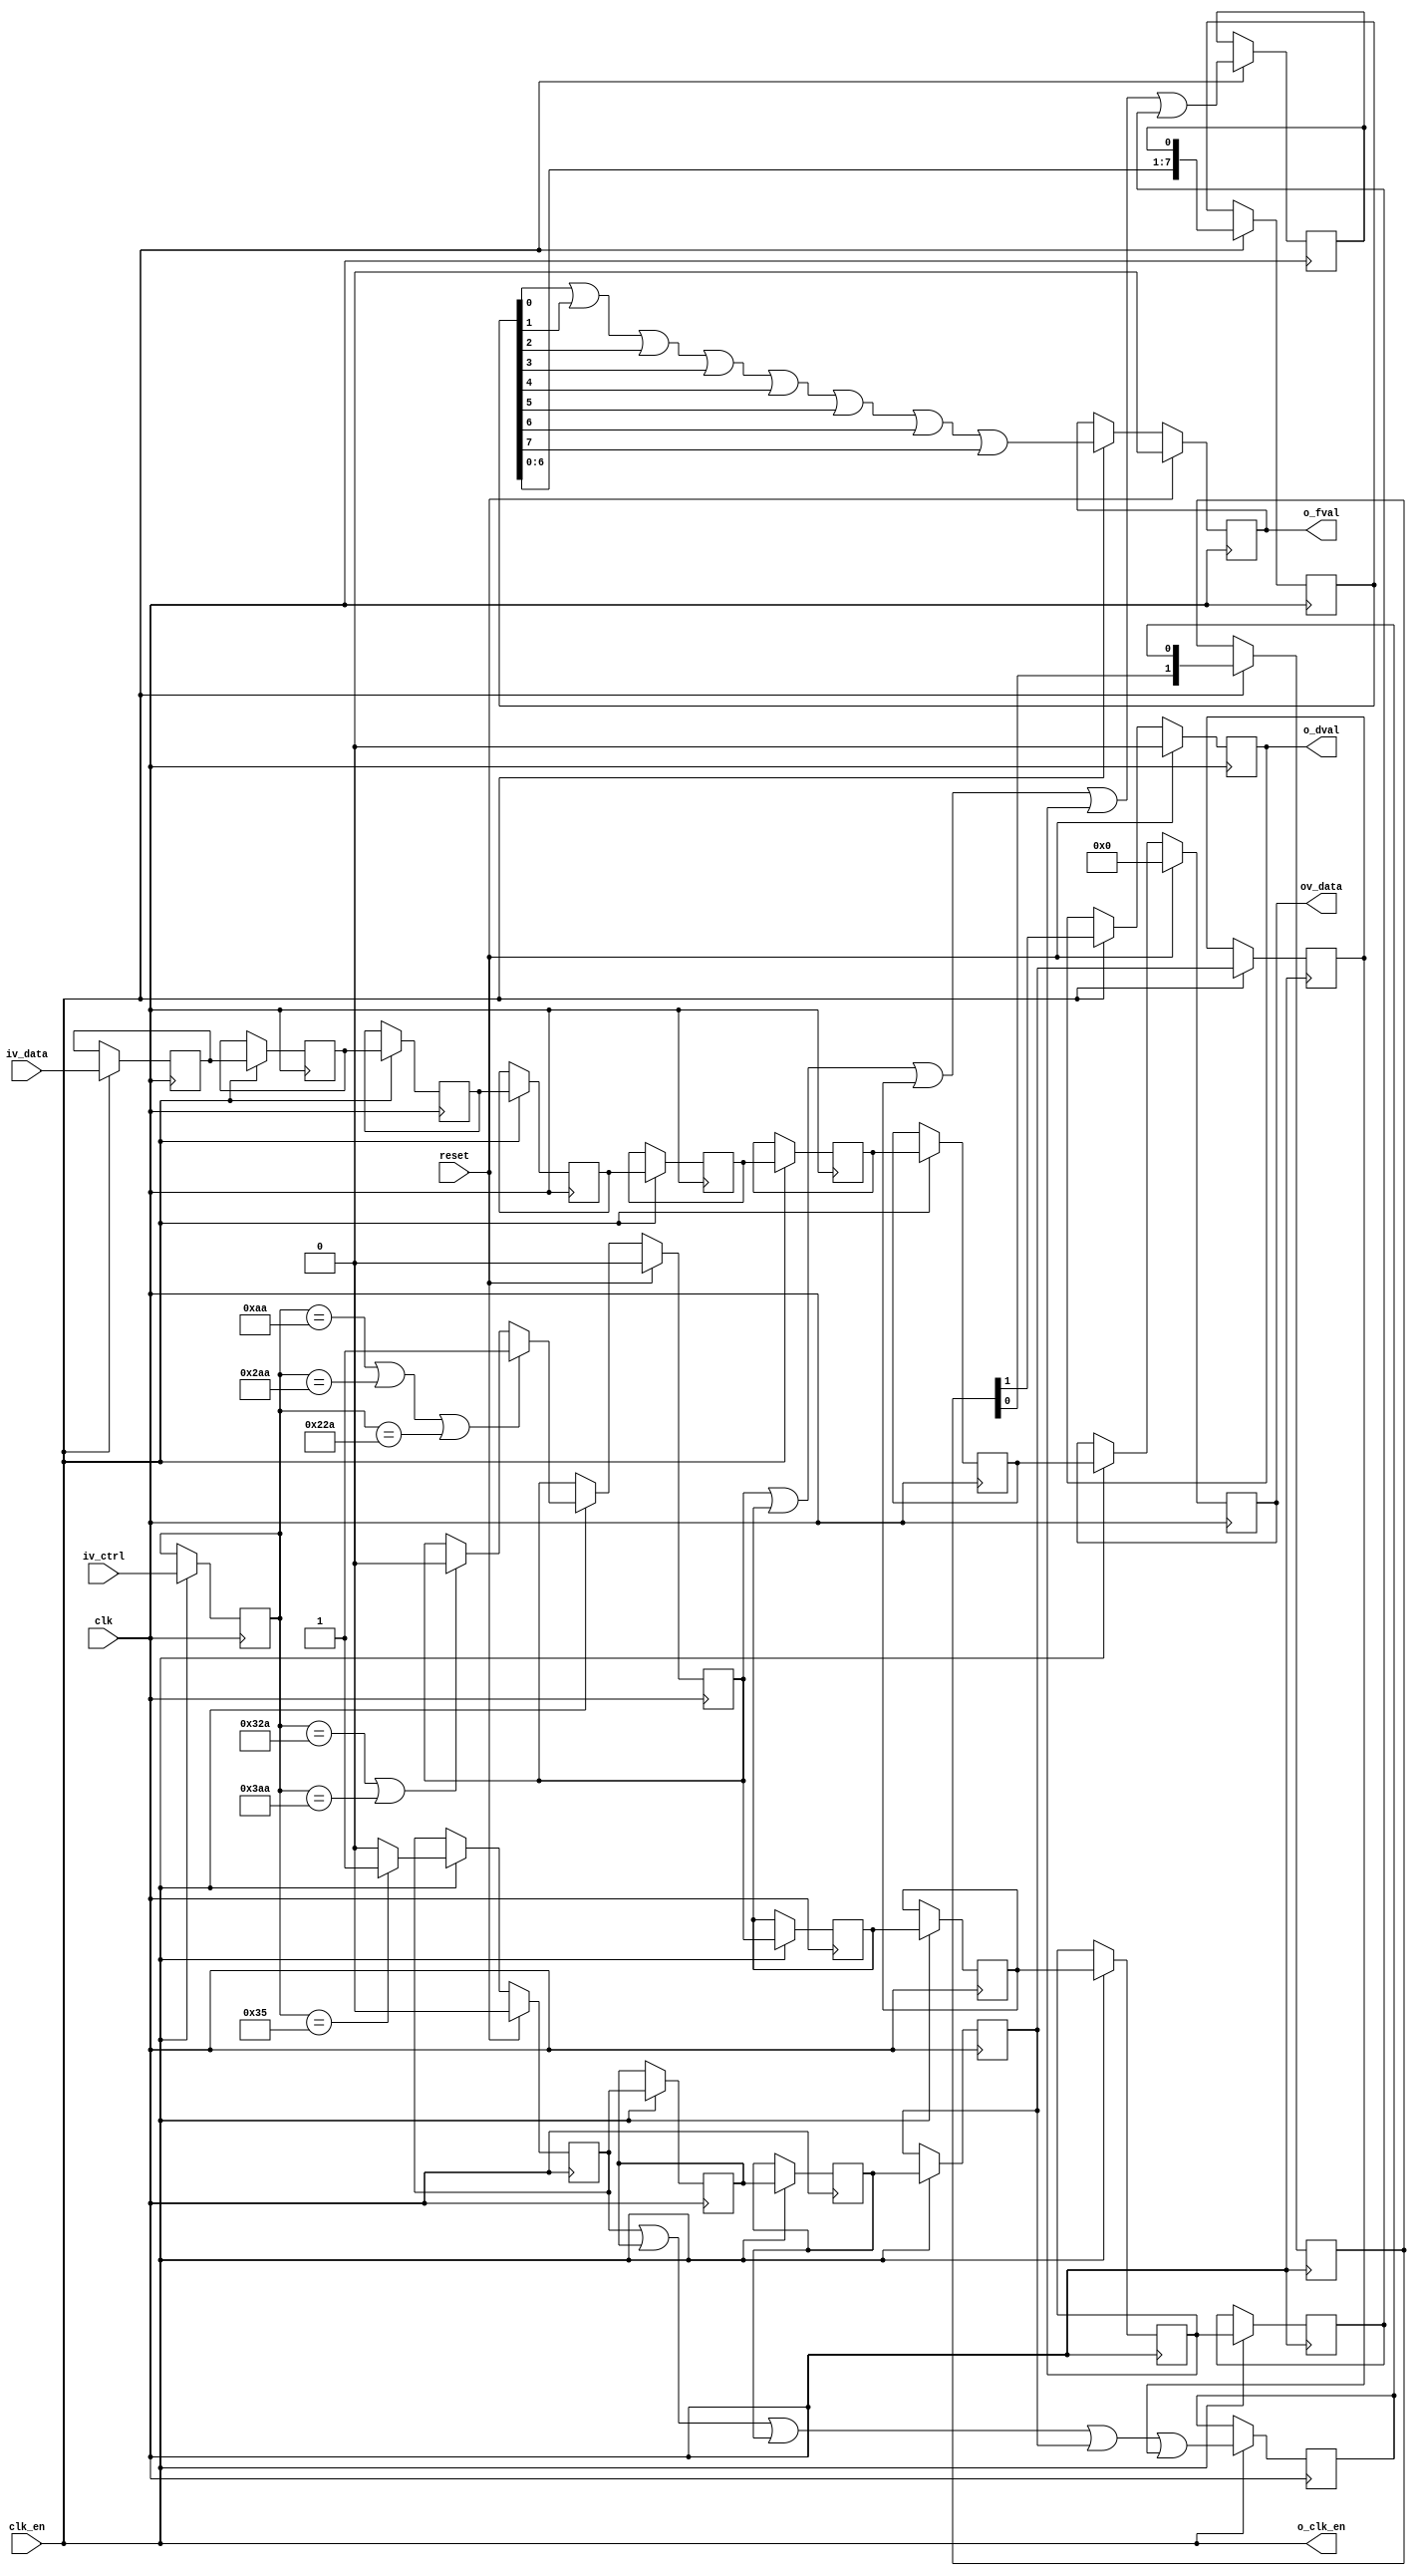

//-------------------------------------------------------------------------------------------------
//  --    : , 2010 -2015.
//  --      .
//  --          : FPGA
//  --        : timing_decoder_python.v
//  --        : 
//-------------------------------------------------------------------------------------------------
//
//  --  :
//
//  --          :|      :|  
//---------------------------------------------------------------------------------------
//  --        	:| 04/17/2013   :|  
//	-- 		:| 2015/9/1 14:08:10	:|	
//---------------------------------------------------------------------------------------
//-------------------------------------------------------------------------------------------------
//
//  --      :
//              1)  : 0
//
//              2)  : ... ...
//
//              3)  : ... ...
//
//-------------------------------------------------------------------------------------------------
///
`timescale      1ns/100ps
//-------------------------------------------------------------------------------------------------

module timing_decoder_python #(
	parameter	SENSOR_DAT_WIDTH	= 10		,	//sensor 
	parameter	CHANNEL_NUM			= 4				//sensor 
	)
	(
	input                                   			clk      			,   //
	input												reset				,	//
	input												clk_en				,
	input       [SENSOR_DAT_WIDTH-1:0]			 		iv_ctrl             ,   //
	input      	[SENSOR_DAT_WIDTH*CHANNEL_NUM-1:0]		iv_data             ,   //
	output  reg 										o_dval				,   //
	output  reg 										o_fval				,   //
	output												o_clk_en			,
	output  reg [SENSOR_DAT_WIDTH*CHANNEL_NUM-1:0]		ov_data                 //
	);

	//  ===============================================================================================
	//  
	//  ===============================================================================================
	//  -------------------------------------------------------------------------------------
	//  
	//  -------------------------------------------------------------------------------------

	localparam	FS		= 10'h2aa	;
	localparam	FSS		= 10'h22a	;
	localparam	FE		= 10'h32a	;	//BIT_MODE'h32a
	localparam	FSE		= 10'h3aa	;	//BIT_MODE'h3aa
	localparam	TR		= 10'h3a6	;	//
	localparam	LS		= 10'h0aa	;	//BIT_MODE'h0aa
	localparam	LE		= 10'h12a	;	//BIT_MODE'h12a
	localparam	IMG		= 10'h035	;	//BIT_MODE'h035
	localparam	BL		= 10'h015	;	//BIT_MODE'h015
	localparam	CRC		= 10'h059	;	//BIT_MODE'h059
	localparam	ID		= 10'h010	;	//010'h010

	reg			[SENSOR_DAT_WIDTH-1:0]					ctrl_dly_0		=  'b0;
	reg			[SENSOR_DAT_WIDTH*CHANNEL_NUM-1:0]		data_dly_0		=  'b0;

	reg			[SENSOR_DAT_WIDTH*CHANNEL_NUM-1:0]	data_dly_1		=  'b0;
	reg			[SENSOR_DAT_WIDTH*CHANNEL_NUM-1:0]	data_dly_2		=  'b0;
	reg			[SENSOR_DAT_WIDTH*CHANNEL_NUM-1:0]	data_dly_3		=  'b0;
	reg			[SENSOR_DAT_WIDTH*CHANNEL_NUM-1:0]	data_dly_4		=  'b0;
	reg			[SENSOR_DAT_WIDTH*CHANNEL_NUM-1:0]	data_dly_5		=  'b0;
	reg			[SENSOR_DAT_WIDTH*CHANNEL_NUM-1:0]	data_dly_6		=  'b0;

	reg												fval_reg_0		='b0	;
	reg												fval_reg_1		='b0	;
	reg												fval_reg_2		='b0	;
	reg												fval_reg_3		='b0	;
	reg												fval_reg_4		='b0	;

	reg												dval_reg_0		='b0	;
	reg												dval_reg_1		='b0	;
	reg												dval_reg_2		='b0	;
	reg												dval_reg_3		='b0	;
	reg												dval_reg_4		='b0	;

	reg												dval			='b0	;
	reg												fval			='b0	;

	reg			[      						1 : 0]	dval_shift	='b0		;
	reg			[      						7 : 0]	fval_shift	='b0		;

	//  ===============================================================================================
	//  
	//  ===============================================================================================
	//  -------------------------------------------------------------------------------------
	//  
	//  -------------------------------------------------------------------------------------

	always @ ( posedge clk )
	begin
		if (clk_en) begin
			ctrl_dly_0	<=	iv_ctrl;
			data_dly_0	<=	iv_data;
		end
	end

	assign	o_clk_en	= clk_en;

	//  -------------------------------------------------------------------------------------
	//  FSFE
	//  -------------------------------------------------------------------------------------

	always @ ( posedge clk )
	begin
		if(reset)
		begin
			fval_reg_0	<=	1'b0;
		end
		else
		if (clk_en) begin
			if((ctrl_dly_0 == LS) || (ctrl_dly_0 == FS) || (ctrl_dly_0 == FSS))
			begin
				fval_reg_0	<=	1'b1;
			end
			else if((ctrl_dly_0 == FE) || (ctrl_dly_0 == FSE))
			begin
				fval_reg_0	<=	1'b0;
			end
		end
	end

	//  -------------------------------------------------------------------------------------
	//  LSLE
	//  -------------------------------------------------------------------------------------
	/*
	always @ ( posedge clk )
	begin
	if(reset)
	begin
	dval_reg_0	<=	1'b0;
	end
	else if((ctrl_dly_0 == LS) || (ctrl_dly_0 == FS) || (ctrl_dly_0 == FSS))
	begin
	dval_reg_0	<=	1'b1;
	end
	else if((ctrl_dly_0 == LE) || (ctrl_dly_0 == FE) || (ctrl_dly_0 == FSE))
	begin
	dval_reg_0	<=	1'b0;
	end
	end
	*/

	always @ ( posedge clk )
	begin
		if(reset)
		begin
			dval_reg_0	<=	1'b0;
		end
		else if (clk_en) begin
			if(ctrl_dly_0 == IMG)
			begin
				dval_reg_0	<=	1'b1;
			end
			else begin
				dval_reg_0	<=	1'b0;
			end
		end
	end

	//  -------------------------------------------------------------------------------------
	//  
	//  -------------------------------------------------------------------------------------

	always @ ( posedge clk )
	begin
		if (clk_en) begin
			fval_reg_1	<=	fval_reg_0;
			fval_reg_2	<=	fval_reg_1;
			fval_reg_3	<=	fval_reg_2;
			fval_reg_4	<=	fval_reg_3;
		end
	end

	always @ ( posedge clk )
	begin
		if (clk_en) begin
			fval	<= 	fval_reg_0 | fval_reg_1 | fval_reg_2 | fval_reg_3 | fval_reg_4;
		end
	end

	//  -------------------------------------------------------------------------------------
	//  
	//  -------------------------------------------------------------------------------------

	always @ ( posedge clk )
	begin
		if (clk_en) begin
			dval_reg_1	<=	dval_reg_0;
			dval_reg_2	<=	dval_reg_1;
			dval_reg_3	<=	dval_reg_2;
			dval_reg_4	<=	dval_reg_3;
		end
	end

	always @ ( posedge clk )
	begin
		if (clk_en) begin
			dval	<= 	dval_reg_0 | dval_reg_1 | dval_reg_2 | dval_reg_3 | dval_reg_4;
		end
	end

	//  -------------------------------------------------------------------------------------
	//   
	//  -------------------------------------------------------------------------------------

	always @ ( posedge clk )
	begin
		if (clk_en) begin
			data_dly_1	<=	data_dly_0;
			data_dly_2	<= 	data_dly_1;
			data_dly_3	<= 	data_dly_2;
			data_dly_4	<= 	data_dly_3;
			data_dly_5	<= 	data_dly_4;
			data_dly_6	<= 	data_dly_5;
		end
	end

	always @ ( posedge clk )
	begin
		if (clk_en) begin
			fval_shift	<=	{fval_shift[6:0],fval};
		end
	end

	always @ ( posedge clk )
	begin
		if (clk_en) begin
			dval_shift	<=	{dval_shift[0],dval};
		end
	end

	//  -------------------------------------------------------------------------------------
	//  
	//  -------------------------------------------------------------------------------------

	always @ ( posedge clk )
	begin
		if(reset)
		begin
			o_dval		<=	1'b0;
			o_fval		<=	1'b0;
			ov_data		<=	'b0;
		end
		else
		if (clk_en) begin
			o_dval		<=	dval_shift[1];
			o_fval		<=	fval_shift[0] | fval_shift[1] | fval_shift[2] | fval_shift[3] | fval_shift[4] | fval_shift[5] | fval_shift[6] | fval_shift[7];
			ov_data		<=	data_dly_6;
		end
	end


endmodule